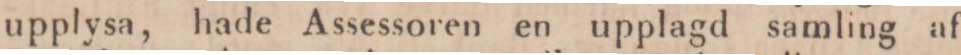
upplysa, hade Assessoren en upplagd samling af